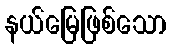
နယ်မြေဖြစ်သော